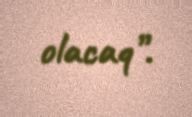
olacaq”.